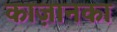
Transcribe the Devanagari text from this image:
काज़ानका